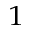
_ 1